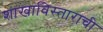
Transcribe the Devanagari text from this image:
शाखाविस्ताराची